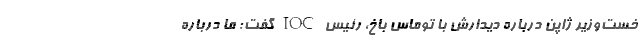
خست‌وزیر ژاپن درباره دیدارش با توماس باخ، رئیس IOC گفت: ما درباره